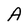
Character: A